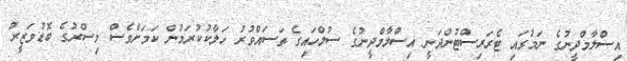
އިސްލާމްދީނުގެ ނަމުގައި ޓެރަރިސްޓުންދަނީ އިސްލާމްދީނުގެ ސުލްހައިގެ ތަސައްވުރު ހަލާކުކުރަމުން ކަމަށްވެސް މިސްރުގެ ބޮޑުވަޒީރު